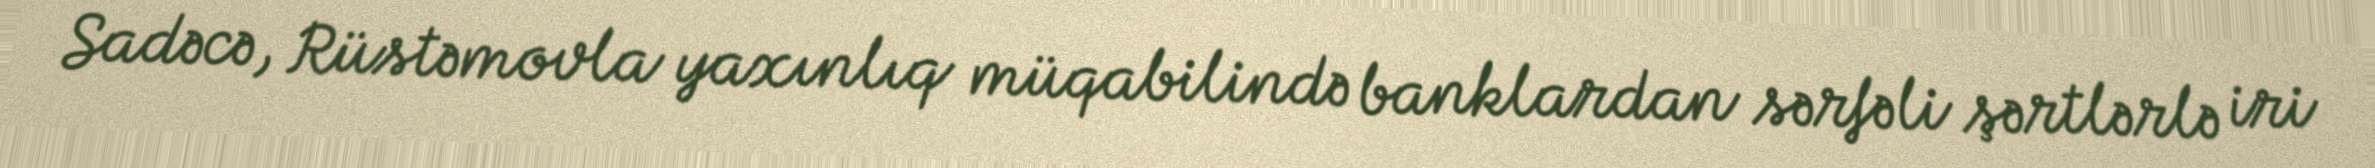
Sadəcə, Rüstəmovla yaxınlıq müqabilində banklardan sərfəli şərtlərlə iri